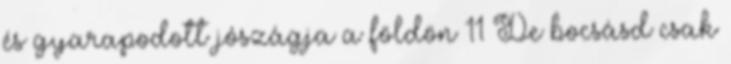
és gyarapodott jószágja a földön 11 De bocsásd csak